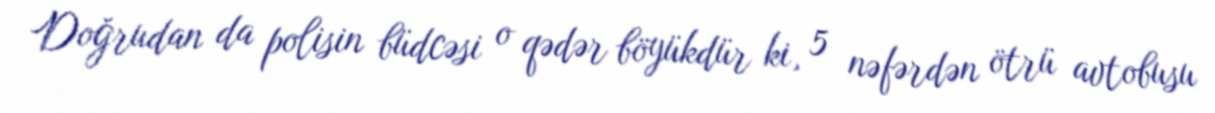
Doğrudan da polisin büdcəsi o qədər böyükdür ki, 5 nəfərdən ötrü avtobusu